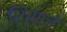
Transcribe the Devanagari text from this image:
रिस्ले